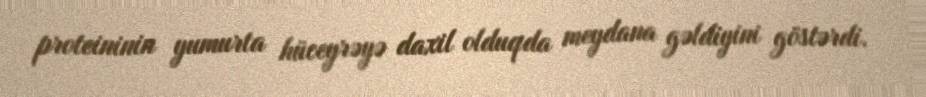
proteininin yumurta hüceyrəyə daxil olduqda meydana gəldiyini göstərdi.